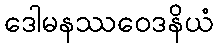
ဒေါမနဿဝေဒနိယံ